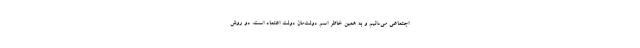
اجتماعی می‌دانیم و به همین خاطر اسم دولت‌مان دولت اعتماد است. دو روش